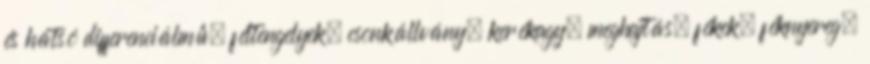
és hátsó differenciálmû, féltengelyek, csonkállvány, kerékagy, meghajtás, fékek, féknyereg,